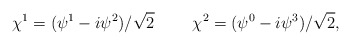
\begin{align*}\chi^1=(\psi^1-i\psi^2)/\sqrt{2} ~~~~~~~ \chi^2 = (\psi^0-i\psi^3)/\sqrt{2},\end{align*}